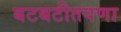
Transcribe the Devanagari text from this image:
बटबटीतपणा